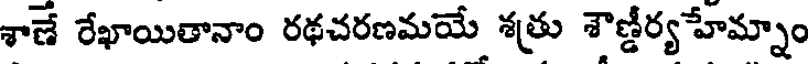
శాణే రేఖాయితానాం రథచరణమయే శత్రు శౌణ్డీర్యహేమ్నాం